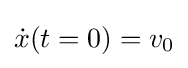
{\dot {x}}(t=0)=v_{0}